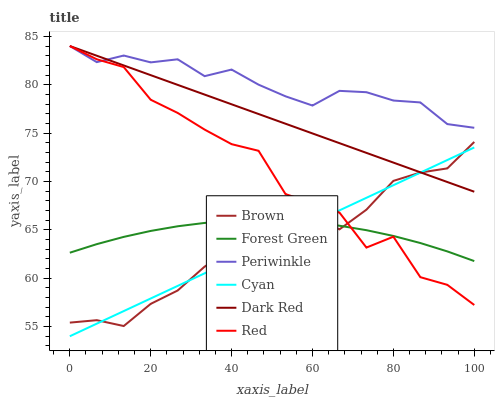
| xaxis_label | Brown | Forest Green | Periwinkle | Cyan | Dark Red | Red |
 | --- | --- | --- | --- | --- | --- | --- |
 | 0 | 55.4 | 62.6 | 84 | 54 | 84 | 84 |
 | 6.67 | 55.7 | 63.5 | 82.3 | 55.3 | 83 | 82.6 |
 | 13.3 | 55.1 | 64.3 | 83 | 56.6 | 82 | 81.8 |
 | 20 | 57.3 | 64.9 | 82.3 | 57.9 | 81 | 78.4 |
 | 26.7 | 58.7 | 65.4 | 82.6 | 59.2 | 80 | 77.1 |
 | 33.3 | 61.2 | 65.7 | 80.9 | 60.5 | 79 | 75.4 |
 | 40 | 62.9 | 65.9 | 81.6 | 61.8 | 78 | 73.9 |
 | 46.7 | 62.4 | 66 | 80 | 63.1 | 77 | 73.2 |
 | 53.3 | 64.4 | 65.9 | 78.8 | 64.4 | 76 | 68.7 |
 | 60 | 66.3 | 65.8 | 77.8 | 65.7 | 75 | 67.8 |
 | 66.7 | 65 | 65.4 | 79.4 | 67 | 74 | 66.8 |
 | 73.3 | 67.1 | 65 | 79.2 | 68.3 | 73 | 63.2 |
 | 80 | 70.1 | 64.4 | 78.4 | 69.6 | 72 | 64.3 |
 | 86.7 | 70.9 | 63.6 | 78.2 | 70.9 | 70.9 | 60.1 |
 | 93.3 | 71.3 | 62.8 | 75.9 | 72.2 | 69.9 | 59.3 |
 | 100 | 74.1 | 61.8 | 75.5 | 73.5 | 68.9 | 57.2 |